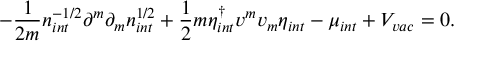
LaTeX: - \frac { 1 } { 2 m } n _ { i n t } ^ { - 1 / 2 } \partial ^ { m } \partial _ { m } n _ { i n t } ^ { 1 / 2 } + \frac { 1 } { 2 } m \eta _ { i n t } ^ { \dagger } v ^ { m } v _ { m } \eta _ { i n t } - \mu _ { i n t } + V _ { v a c } = 0 .